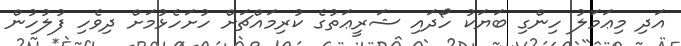
އަދި މިޢަމަލު ހިންގި ބަޔަކު ހޯދައި ޝަރީޢަތުގެ ކުރިމައްޗަށް ހުށަހެޅުމަށް ދިވެހި ފުލުހުން